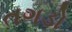
તગડો